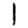
Digit: 1